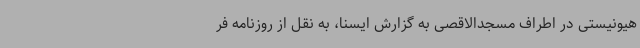
هیونیستی در اطراف مسجدالاقصی به گزارش ایسنا، به نقل از روزنامه فر